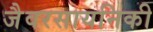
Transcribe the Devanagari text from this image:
जैवरसायनिकी